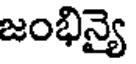
జంభిన్యై